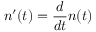
n ^ { \prime } ( t ) = \frac { d } { d t } n ( t )